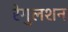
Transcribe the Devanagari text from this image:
रेगुलशन